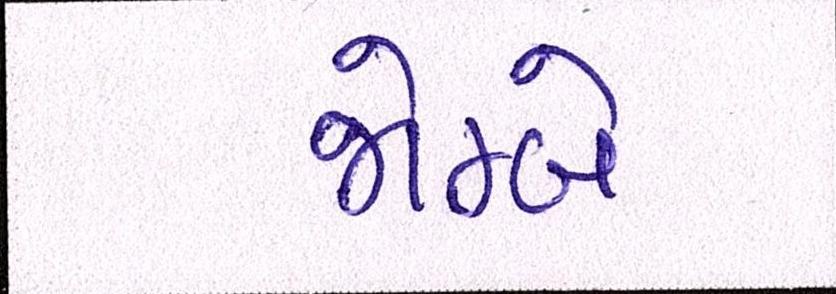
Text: જોમ્બે